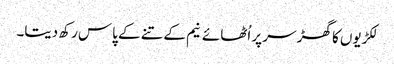
لکڑیوں کا گھڑ سر پر اُٹھائے نیم کے تنے کے پاس رکھ دیتا۔